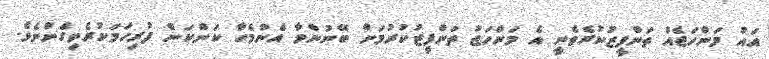
އައު މަންހަޖެއް ތަންފީޒުކުރެވެނީ އެ މަންހަޖު ތަންފީޒުކުރުމަށް ބޭނުންވާ އެންމެހާ ކަންކަން ފުރިހަމަކުރެވިގެންނެވެ.